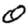
Digit: 0